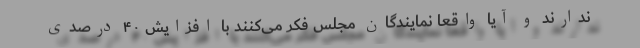
ندارند و آیا واقعاً نمایندگان مجلس فکر می‌کنند با افزایش ۴۰ درصدی